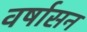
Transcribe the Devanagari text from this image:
वर्षासन